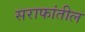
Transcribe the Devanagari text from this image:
सराफांतील